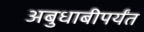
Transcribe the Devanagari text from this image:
अबुधाबीपर्यंत